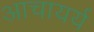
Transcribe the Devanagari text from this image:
आचायर्य